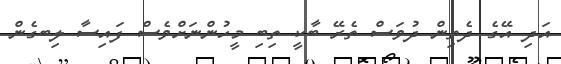
އަދި އޭގެ ދެތިން ދުވަސް ތެރޭ ބާކީ ތިބި މީހުންނަށްވެސް ފައިސާ ލިބގެން